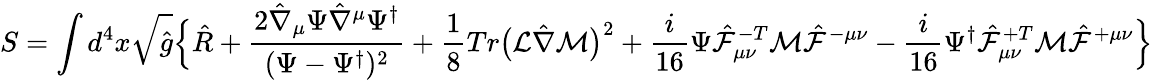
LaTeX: S=\int d^{4}x\sqrt{\hat{g}}\Bigl\{ \hat{R}+\frac{2\hat{\nabla}_{\mu}\Psi\hat{\nabla}^{\mu}\Psi^{\dagger}}{(\Psi-\Psi^{\dagger})^{2}}+\frac{1}{8}Tr\bigl({\cal L}\hat{\nabla}{\cal M}\bigr)^{2}+\frac{i}{16}\Psi\hat{\cal F}_{\mu\nu}^{-T}{\cal M}\hat{\cal F}^{-\mu\nu}-\frac{i}{16}\Psi^{\dagger}\hat{\cal F}_{\mu\nu}^{+T}{\cal M}\hat{\cal F}^{+\mu\nu}\Bigr\}